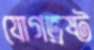
যোগভ্রষ্ট